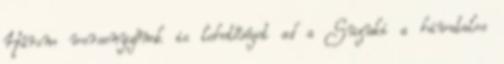
Három versenyzőnek is lehetőséget ad a Suzuki a hivatalos